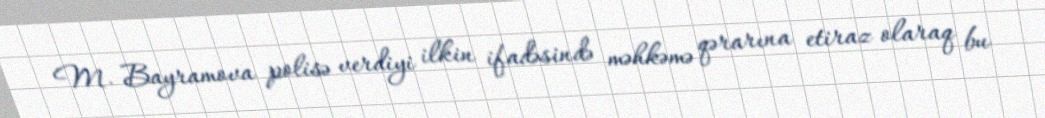
M. Bayramova polisə verdiyi ilkin ifadəsində məhkəmə qərarına etiraz olaraq bu